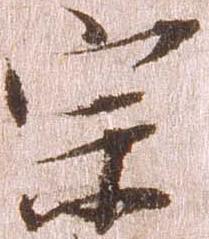
宗